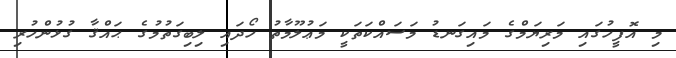
މި އޮފީހުގައި މަރިޔަމްގެ މައިގަނޑު މަސައްކަތަކީ މަޢުލޫމާތު ހޯދައި ލިބިގަތުމުގެ ޙައްޤާ ގުޅުންހުރި